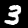
Label: 3